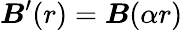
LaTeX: \boldsymbol B^{\prime}(r)=\boldsymbol B(\alpha r)